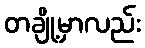
တချို့မှာလည်း